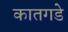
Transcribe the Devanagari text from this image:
कातगडे